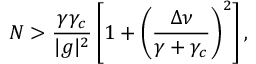
N > \frac { \gamma \gamma _ { c } } { \vert g \vert ^ { 2 } } \left[ 1 + \left( \frac { \Delta \nu } { \gamma + \gamma _ { c } } \right) ^ { 2 } \right] ,